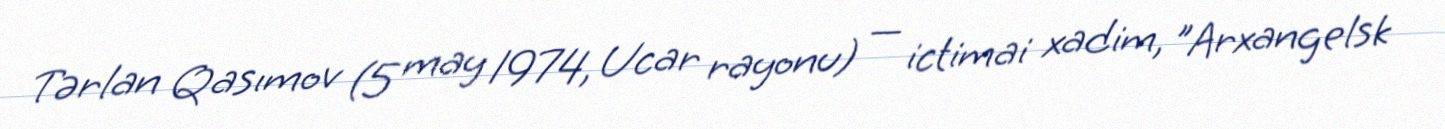
Tərlan Qasımov (5 may 1974, Ucar rayonu) — ictimai xadim, "Arxangelsk